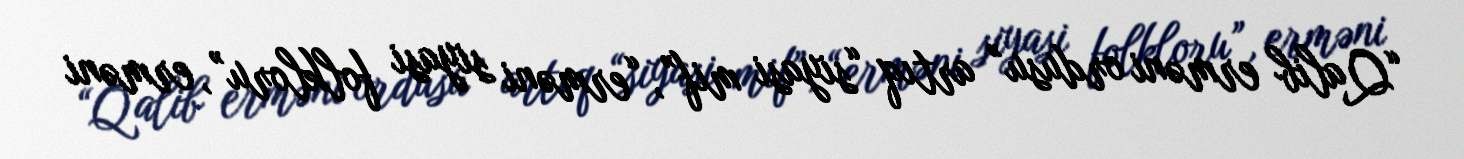
“Qalib erməni ordusu” artıq “siyasi mif”, “erməni siyasi folkloru”, erməni